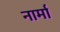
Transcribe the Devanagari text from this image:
नार्मा